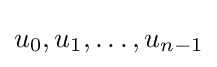
u_{0},u_{1},\dots ,u_{n-1}